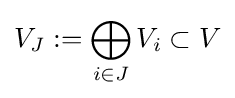
V_{J}:=\bigoplus _{i\in J}V_{i}\subset V